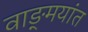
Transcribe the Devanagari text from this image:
वाङ्‌मयांत